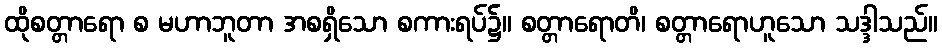
ထိုစတ္တာရော စ မဟာဘူတာ အစရှိသော စကားရပ်၌။ စတ္တာရောတိ၊ စတ္တာရောဟူသော သဒ္ဒါသည်။